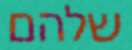
שלהם